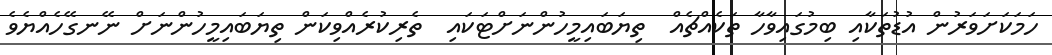
ހަމަކަށަވަރުން އުޑުތަކާއި ބިމުގައިވާހާ ތަކެއްޗެއް  ތިޔަބައިމީހުންނަށްޓަކައި  ތެރިކުރެއްވިކަން ތިޔަބައިމީހުންނަށް ނޭނގޭހެއްޔެވެ